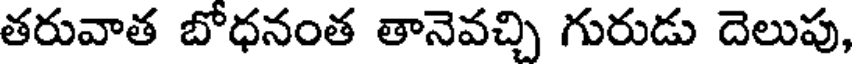
తరువాత బోధనంత తానెవచ్చి గురుడు దెలుపు,